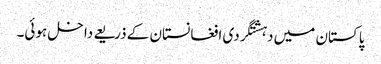
پاکستان میں دہشتگردی افغانستان کے ذریعے داخل ہوئی۔